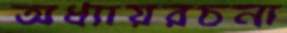
অধ্যায়রচনা